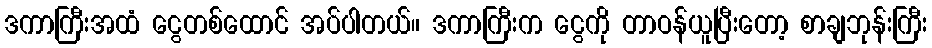
ဒကာကြီးအထံ ငွေတစ်ထောင် အပ်ပါတယ်။ ဒကာကြီးက ငွေကို တာဝန်ယူပြီးတော့ စာချဘုန်းကြီး